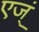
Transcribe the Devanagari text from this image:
एज्ं